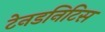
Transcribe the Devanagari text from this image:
टेनडनिटिस